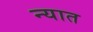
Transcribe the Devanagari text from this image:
न्यात